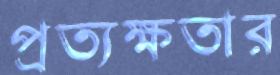
প্রত্যক্ষতার